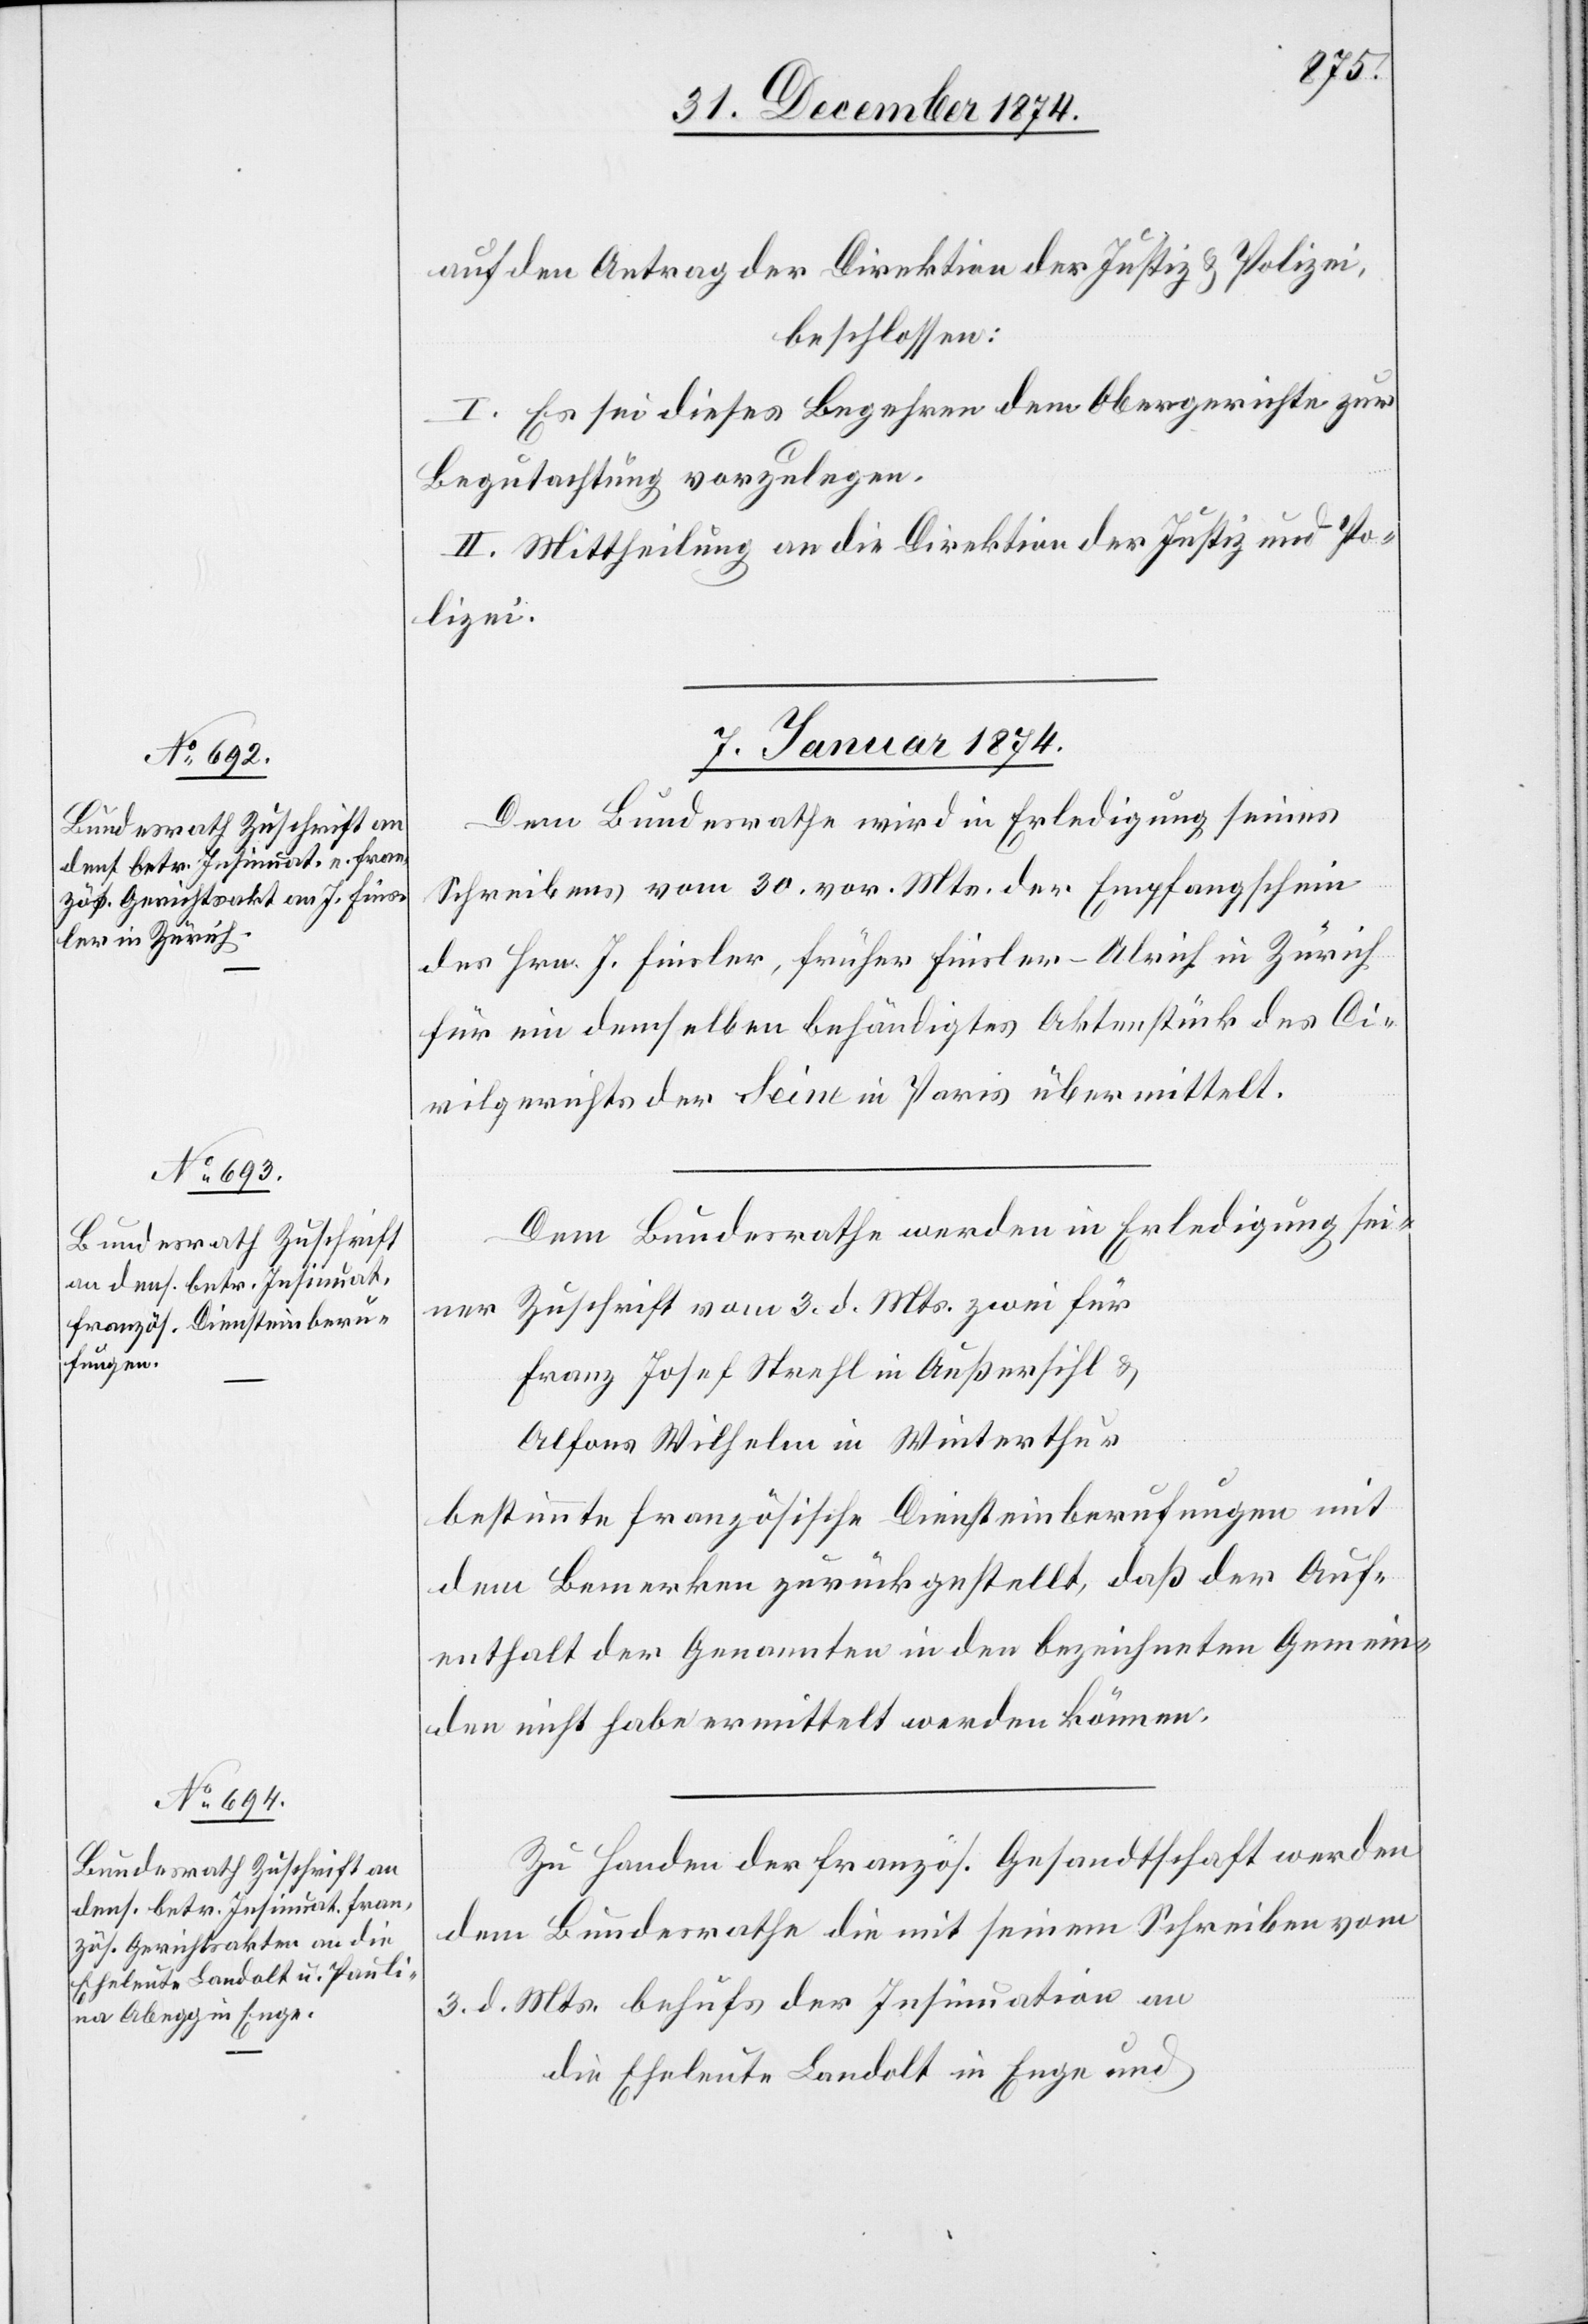
auf den Antrag der Direktion der Justiz & Polizei,
beschlossen:
I. Es sei dieses Begehren dem Obergerichte zur
Begutachtung vorzulegen.
II. Mittheilung an die Direktion der Justiz und Po¬
lizei.
7. Januar 1875.]
Dem Bundesrathe wird in Erledigung seines
Schreibens vom 30. vor. Mts. der Empfangschein
des Hrn. J. Finsler, früher Finsler-Ulrich in Zürich
für ein demselben behändigtes Aktenstück des Ci¬
vilgerichts der Seine in Paris übermittelt.
Dem Bundesrathe werden in Erledigung sei¬
ner Zuschrift vom 3. d. Mts. zwei für
Franz Josef Strehl in Außersihl &
Alfons Wilhelm in Winterthur
bestimmte französische Diensteinberufungen mit
dem Bemerken zurückgestellt, daß der Auf¬
enthalt der Genannten in den bezeichneten Gemein¬
den nicht habe ermittelt werden können.
Zu Handen der französ. Gesandtschaft werden
dem Bundesrathe die mit seinem Schreiben vom
3. d. Mts. behufs der Insinuation an
die Eheleute Landolt in Enge und